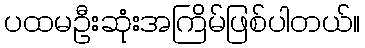
ပထမဦးဆုံးအကြိမ်ဖြစ်ပါတယ်။